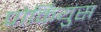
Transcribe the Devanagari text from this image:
पोर्कियुस